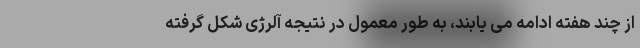
از چند هفته ادامه می یابند، به طور معمول در نتیجه آلرژی شکل گرفته